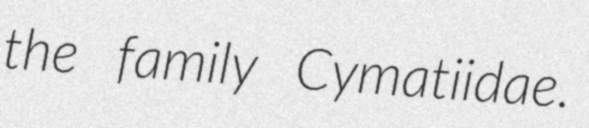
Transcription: the family Cymatiidae.